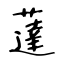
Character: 薘